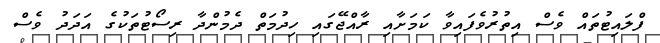
ފްލައިޓުތައް ވެސް އިތުރުވެފައިވާ ކަމަށާއި ރާއްޖޭގައި ހިދުމަތް ދެމުންދާ ރިސޯޓުތަކުގެ އަދަދު ވެސް